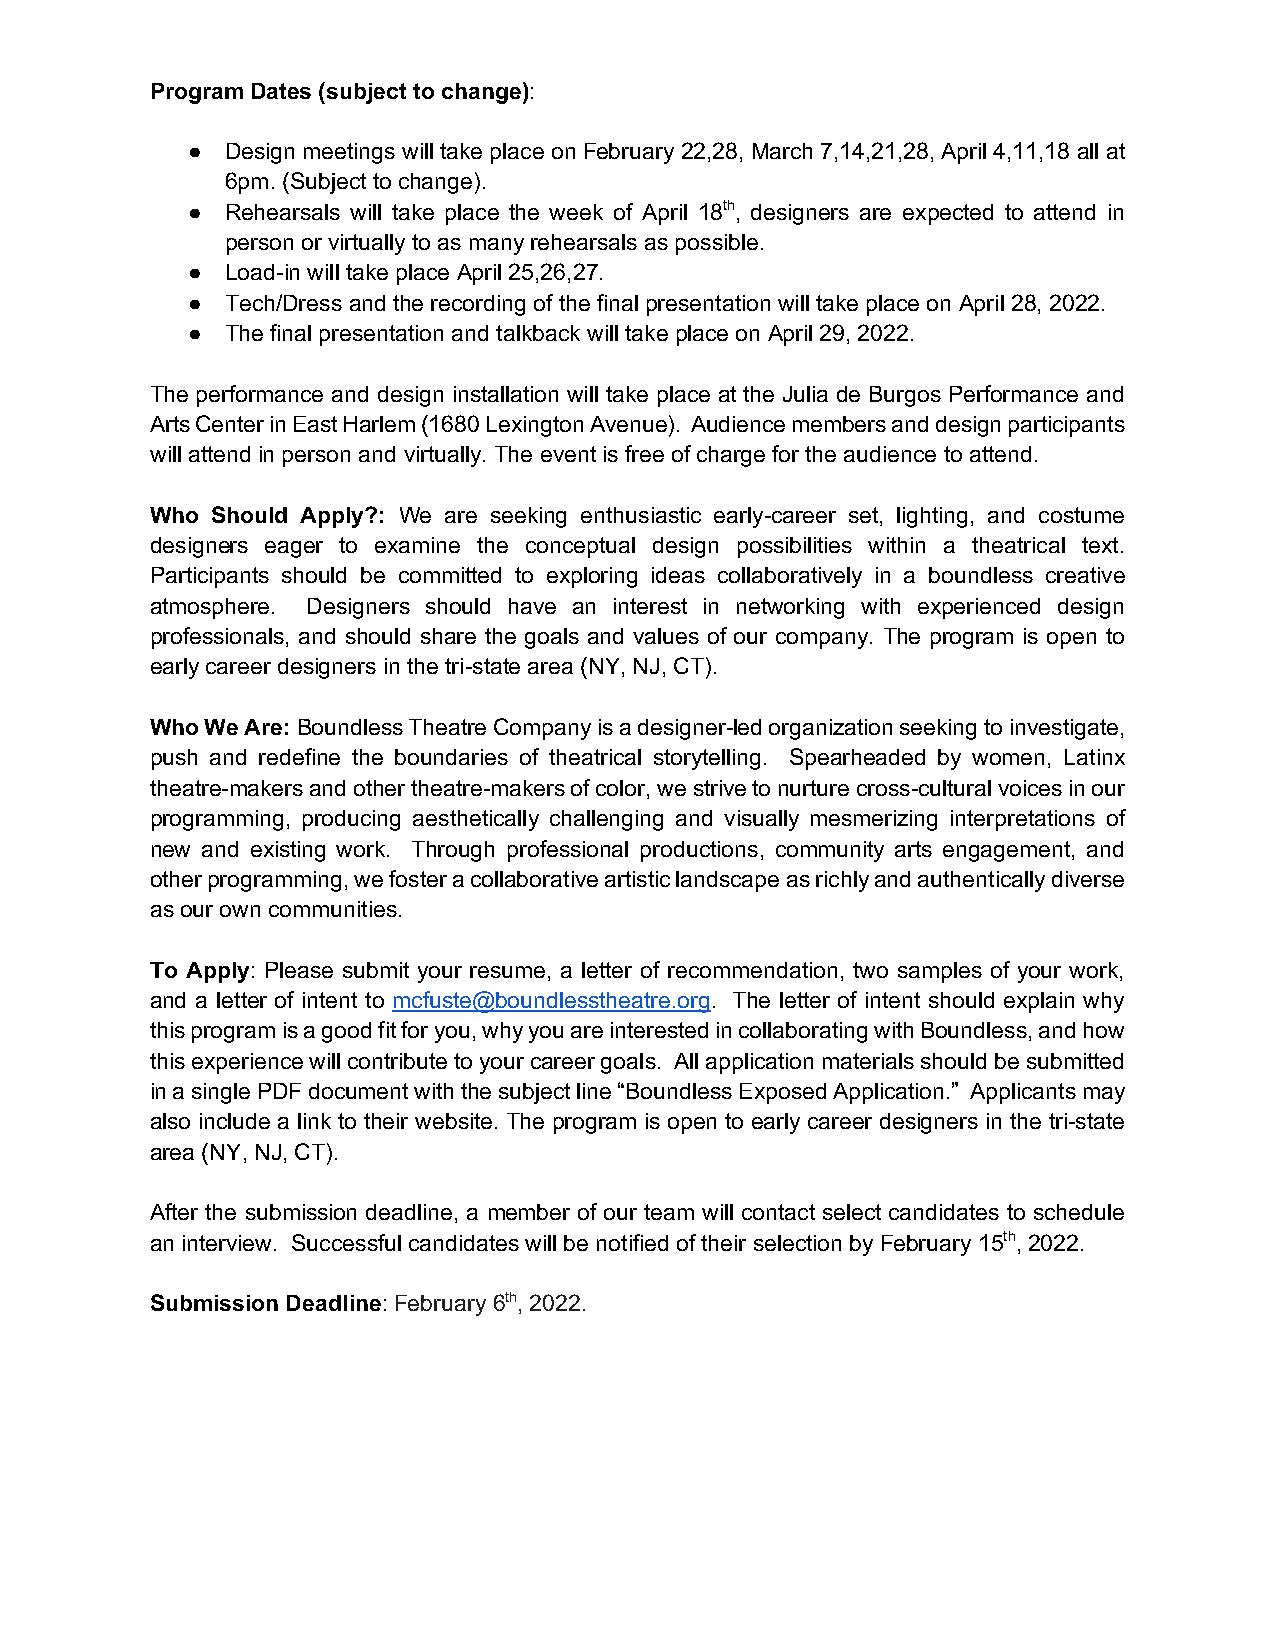
Program Dates (subject to change):
 ●  Design meetings will take place on February 22,28, March 7,14,21,28, April 4,11,18 all at
 6pm. (Subject to change).
 ●  Rehearsals will take place the week of April 18th, designers are expected to attend in
 person or virtually to as many rehearsals as possible.
 ●  Load-in will take place April 25,26,27.
 ●  Tech/Dress and the recording of the final presentation will take place on April 28, 2022.
 ●  The final presentation and talkback will take place on April 29, 2022.
 The performance and design installation will take place at the Julia de Burgos Performance and
 Arts Center in East Harlem (1680 Lexington Avenue). Audience members and design participants
 will attend in person and virtually. The event is free of charge for the audience to attend.
 Who Should Apply?: We are seeking enthusiastic early-career set, lighting, and costume
 designers eager to examine the conceptual design possibilities within a theatrical text.
 Participants should be committed to exploring ideas collaboratively in a boundless creative
 atmosphere. Designers should have an interest in networking with experienced design
 professionals, and should share the goals and values of our company. The program is open to
 early career designers in the tri-state area (NY, NJ, CT).
 Who We Are: Boundless Theatre Company is a designer-led organization seeking to investigate,
 push and redefine the boundaries of theatrical storytelling. Spearheaded by women, Latinx
 theatre-makers and other theatre-makers of color, we strive to nurture cross-cultural voices in our
 programming, producing aesthetically challenging and visually mesmerizing interpretations of
 new and existing work. Through professional productions, community arts engagement, and
 other programming, we foster a collaborative artistic landscape as richly and authentically diverse
 as our own communities.
 To Apply: Please submit your resume, a letter of recommendation, two samples of your work,
 and a letter of intent to mcfuste@boundlesstheatre.org. The letter of intent should explain why
 this program is a good fit for you, why you are interested in collaborating with Boundless, and how
 this experience will contribute to your career goals. All application materials should be submitted
 in a single PDF document with the subject line “Boundless Exposed Application.” Applicants may
 also include a link to their website. The program is open to early career designers in the tri-state
 area (NY, NJ, CT).
 After the submission deadline, a member of our team will contact select candidates to schedule
 an interview. Successful candidates will be notified of their selection by February 15th, 2022.
 Submission Deadline: February 6th, 2022.